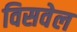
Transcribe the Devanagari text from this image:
विसवेल